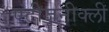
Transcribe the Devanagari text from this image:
एंटीजनीक्ली